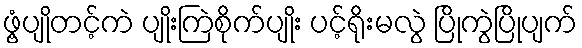
ဖွံ့ပျိုတင့်ကဲ ပျိုးကြဲစိုက်ပျိုး ပင့်ရိုးမလွဲ ပြိုကွဲပြိုပျက်